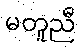
မတူညီ